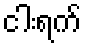
ငါးရက်